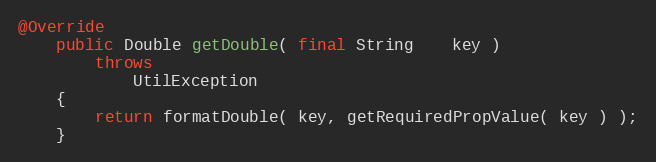
Language: Java
@Override
    public Double getDouble( final String    key )
        throws
            UtilException
    {
        return formatDouble( key, getRequiredPropValue( key ) );
    }